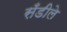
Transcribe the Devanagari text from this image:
सँडीले